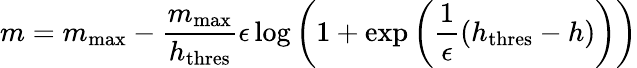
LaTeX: m=m_{\mathrm{max}}-\frac{m_{\mathrm{max}}}{h_{\mathrm{thres}}}\epsilon\log\left(1+\exp\left(\frac{1}{\epsilon}\left(h_{\mathrm{thres}}-h\right)\right)\right)